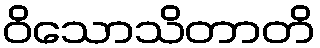
ဝိသောသိတာတိ